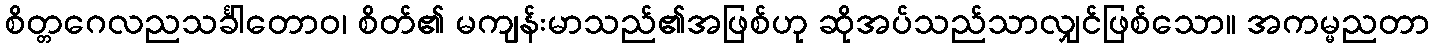
စိတ္တဂေလညသင်္ခါတောဝ၊ စိတ်၏ မကျန်းမာသည်၏အဖြစ်ဟု ဆိုအပ်သည်သာလျှင်ဖြစ်သော။ အကမ္မညတာ